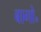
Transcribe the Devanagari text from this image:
बागो॰